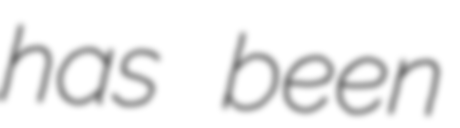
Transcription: has been